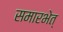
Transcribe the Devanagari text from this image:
समारभेत्